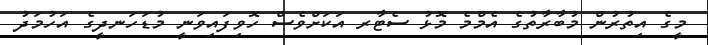
މީގެ އިތުރުން މުބާރާތުގެ އެމްމެ މޮޅު ސެޓާރ އަކަށްވެސް ހޮވިފައިވަނީ މުޑަހަނދީގެ އަހުމަދު